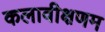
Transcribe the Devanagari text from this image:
कलावीक्षणम